Calcutta medical institutions reports 1871-78
Year: 1871
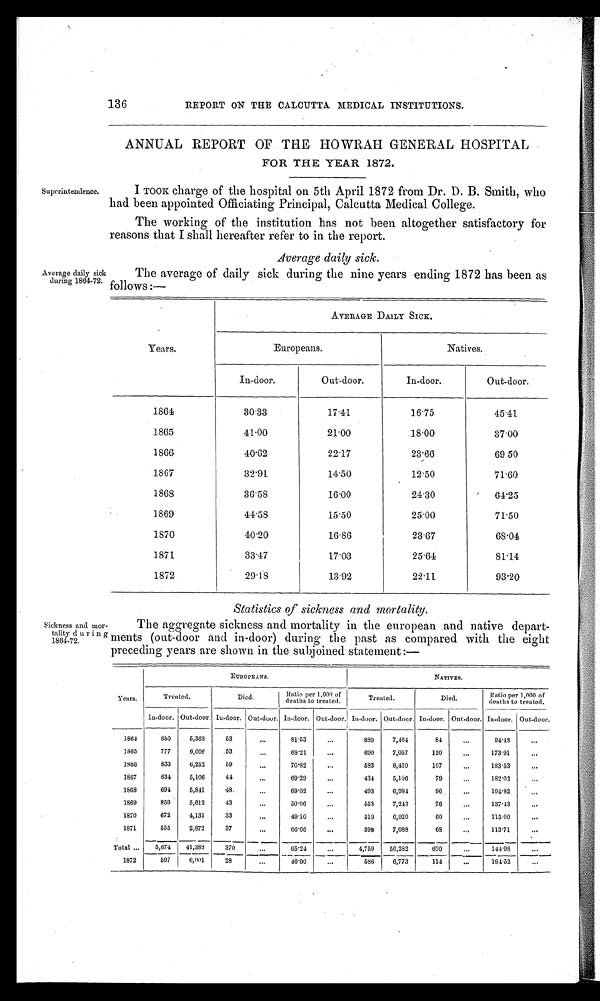
136
REPORT ON THE CALCUTTA MEDICAL INSTITUTIONS.
ANNUAL REPORT OF THE HOWRAH GENERAL HOSPITAL
FOR THE YEAR 1872.
Superintendence.
I TOOK charge of the hospital on 5th April 1872 from Dr. D. B. Smith, who
had been appointed Officiating Principal, Calcutta Medical College.
The working of the institution has not been altogether satisfactory for
reasons that I shall hereafter refer to in the report.
Average daily sick
.
Average daily sick
during 1864-72.
The average of daily sick during the nine years ending 1872 has been as
follows:—
AVERAGE DAILY SICK.
Years.
Europeans.
Natives.
In-door.
Out-door.
In-door.
Out-door.
1864
30·33
17·41
16·75
45·41
1865
41·00
21·00
18·00
37·00
1866
40·62
22·17
23·66
69 50
1867
32·91
14·50
12·50
71·60
1868
36·58
16·00
24·30
64·25
1869
44·58
15·50
25·00
71·50
1870
40·20
16·86
23·67
68·04
1871
33·47
17·03
25·64
81·14
1872
29·18
13·92
22·11
93·20
Statistics of sickness and mortality.
Sickness and mor-
tality during
1864-72.
The aggregate sickness and mortality in the european and native depart-
ments (out-door and in-door) during the past as compared with the eight
preceding years are shown in the subjoined statement :—
EUROPEANS.
NATIVES.
Years.
Treated.
Died.
Ratio per 1,000 of
deaths to treated.
Treated.
Died.
Ratio per 1,000 of
deaths to treated.
In-door. Out-door. In-door. Out-dour. In-door. Out-door. In-door. Out-door. In-door. Out-door. In-door. Out-door.
1864
650 5,368
53
. . .
81·53
. . . 889 7,464
84
. . . 94·48
. . .
1865
777
6,006
5 3
. . .
68·21
. . .
690
7,057
120
. . .
173·91
. . .
1866
833
6,252
59
. . .
70·82
. . . 583 8,420
107
. . .
183·53
. . .
1867
634
5,106
44
...
69·29
...
434 5,106
79
...
182·02
. . .
1868
694 5,841
48
. . .
69·02
...
493 6,984
96
...
194·82
. . .
1869
859
5,612
43
. . .
5 0 · 6 0
...
553
7,243
76
. . . 137·43
. . .
1870
672 4,131
33
. . .
49·10
. . . 519
6,920
60
...
115·60
. . .
1871
555
2,872
37
. . .
66·66
. . .
398
7,088
68
. . . 113·71
...
Total... 5,674 41,388
370
. . . 65·24
...
4,759 56,282
690
. . . 141·98
...
1872
597
6,001
28
. . .
46·90
...
586 6,773
114
...
194·52
...